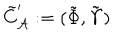
LaTeX: \tilde { C } _ { \cal A } ^ { \prime } : = ( \tilde { \Phi } , \tilde { \Upsilon } )